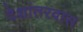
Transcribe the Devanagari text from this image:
देशांतरवास